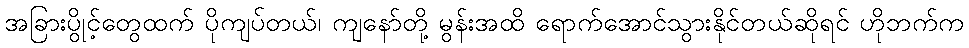
အခြားပွိုင့်တွေထက် ပိုကျပ်တယ်၊ ကျနော်တို့ မွန်းအထိ ရောက်အောင်သွားနိုင်တယ်ဆိုရင် ဟိုဘက်က